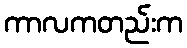
ကာလကတည်းက